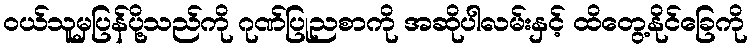
ဝယ်သူမှပြန်ပို့သည်ကို ဂုဏ်ပြုညစာကို အဆိုပါလမ်းနှင့် ထိတွေ့နိုင်ခြေကို